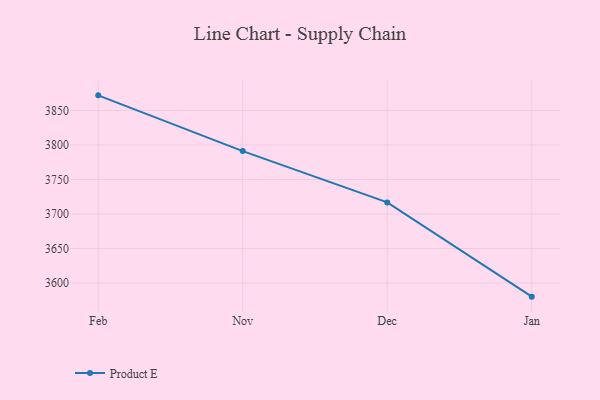
{"axis": {"x": "Month", "y": "Satisfaction Score"}, "legend": ["Product E"], "data": [{"x": "Feb", "y": 3872.0, "type": "Product E"}, {"x": "Nov", "y": 3791.2, "type": "Product E"}, {"x": "Dec", "y": 3716.8, "type": "Product E"}, {"x": "Jan", "y": 3580.1, "type": "Product E"}]}